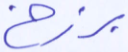
برزخ